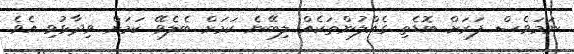
ނަމަވެސް ފަރަށް ބޮޑެތި ގެއްލުންތަކެއް ލިބޭނެ ކަމަށް ބެލެވޭ ކަމަށް ވިދާޅުވި އެވެ.